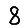
Digit: 8